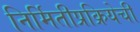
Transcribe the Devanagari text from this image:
निर्मितीप्रक्रियेची